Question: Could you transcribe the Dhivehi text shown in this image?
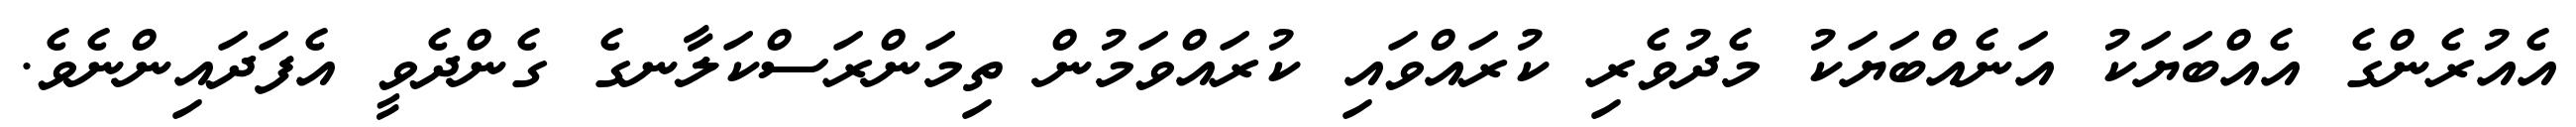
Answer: އެއުރެންގެ އެއްބަޔަކު އަނެއްބަޔަކު މެދުވެރި ކުރައްވައި ކުރައްވަމުން ތިމަންރަސްކަލާނގެ ގެންދެވީ އެފަދައިންނެވެ.